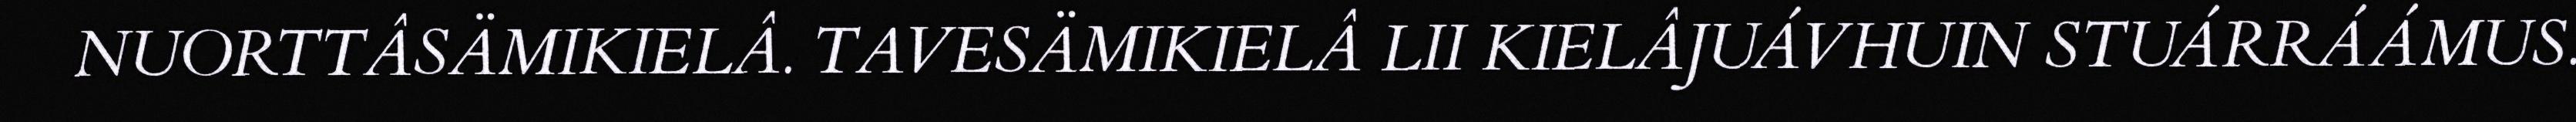
NUORTTÂSÄMIKIELÂ. TAVESÄMIKIELÂ LII KIELÂJUÁVHUIN STUÁRRÁÁMUS.